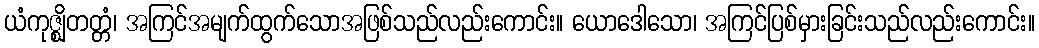
ယံကုဇ္ဈိတတ္တံ၊ အကြင်အမျက်ထွက်သောအဖြစ်သည်လည်းကောင်း။ ယောဒေါသော၊ အကြင်ပြစ်မှားခြင်းသည်လည်းကောင်း။